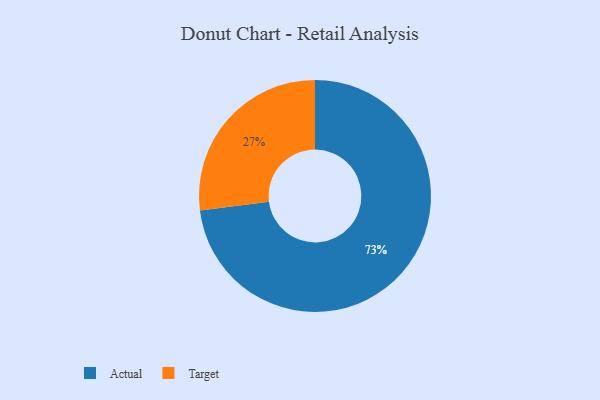
{"axis": {"x": "Category", "y": "Percentage"}, "legend": ["Actual", "Target"], "data": [{"x": "Actual", "y": 73, "type": "Actual"}, {"x": "Target", "y": 27, "type": "Target"}]}